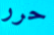
حرر